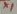
Text: x1